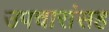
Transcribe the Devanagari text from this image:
उपचारांसह